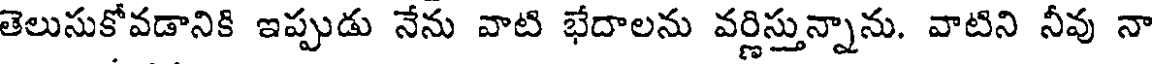
తెలుసుకోవడానికి ఇప్పుడు నేను వాటి భేదాలను వర్ణిస్తున్నాను. వాటిని నీవు నా